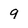
Character: 9